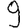
Digit: 9